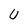
Character: U